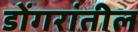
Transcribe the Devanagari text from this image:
डोंगरांतील